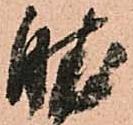
肱